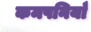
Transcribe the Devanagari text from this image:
कमपनियाँ